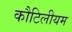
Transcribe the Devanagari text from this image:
कौटिलीयम